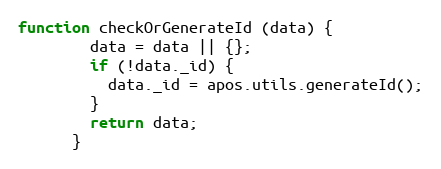
Language: JavaScript
function checkOrGenerateId (data) {
        data = data || {};
        if (!data._id) {
          data._id = apos.utils.generateId();
        }
        return data;
      }